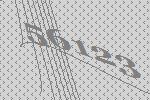
56123